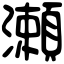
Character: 瀬